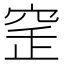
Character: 𥥲